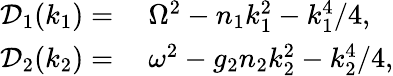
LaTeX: \begin{array}{rl}{\mathcal{D}_{1}(k_{1})=}&{{}\ \Omega^{2}-n_{1}k_{1}^{2}-k_{1}^{4}/4,}\\ {\mathcal{D}_{2}(k_{2})=}&{{}\ \omega^{2}-g_{2}n_{2}k_{2}^{2}-k_{2}^{4}/4,}\end{array}